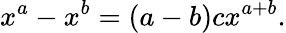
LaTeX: x^{a}-x^{b}=(a-b)cx^{a+b}.